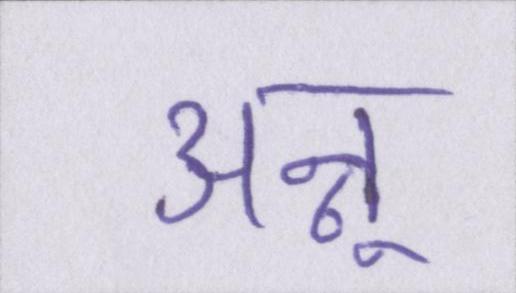
अन्नू